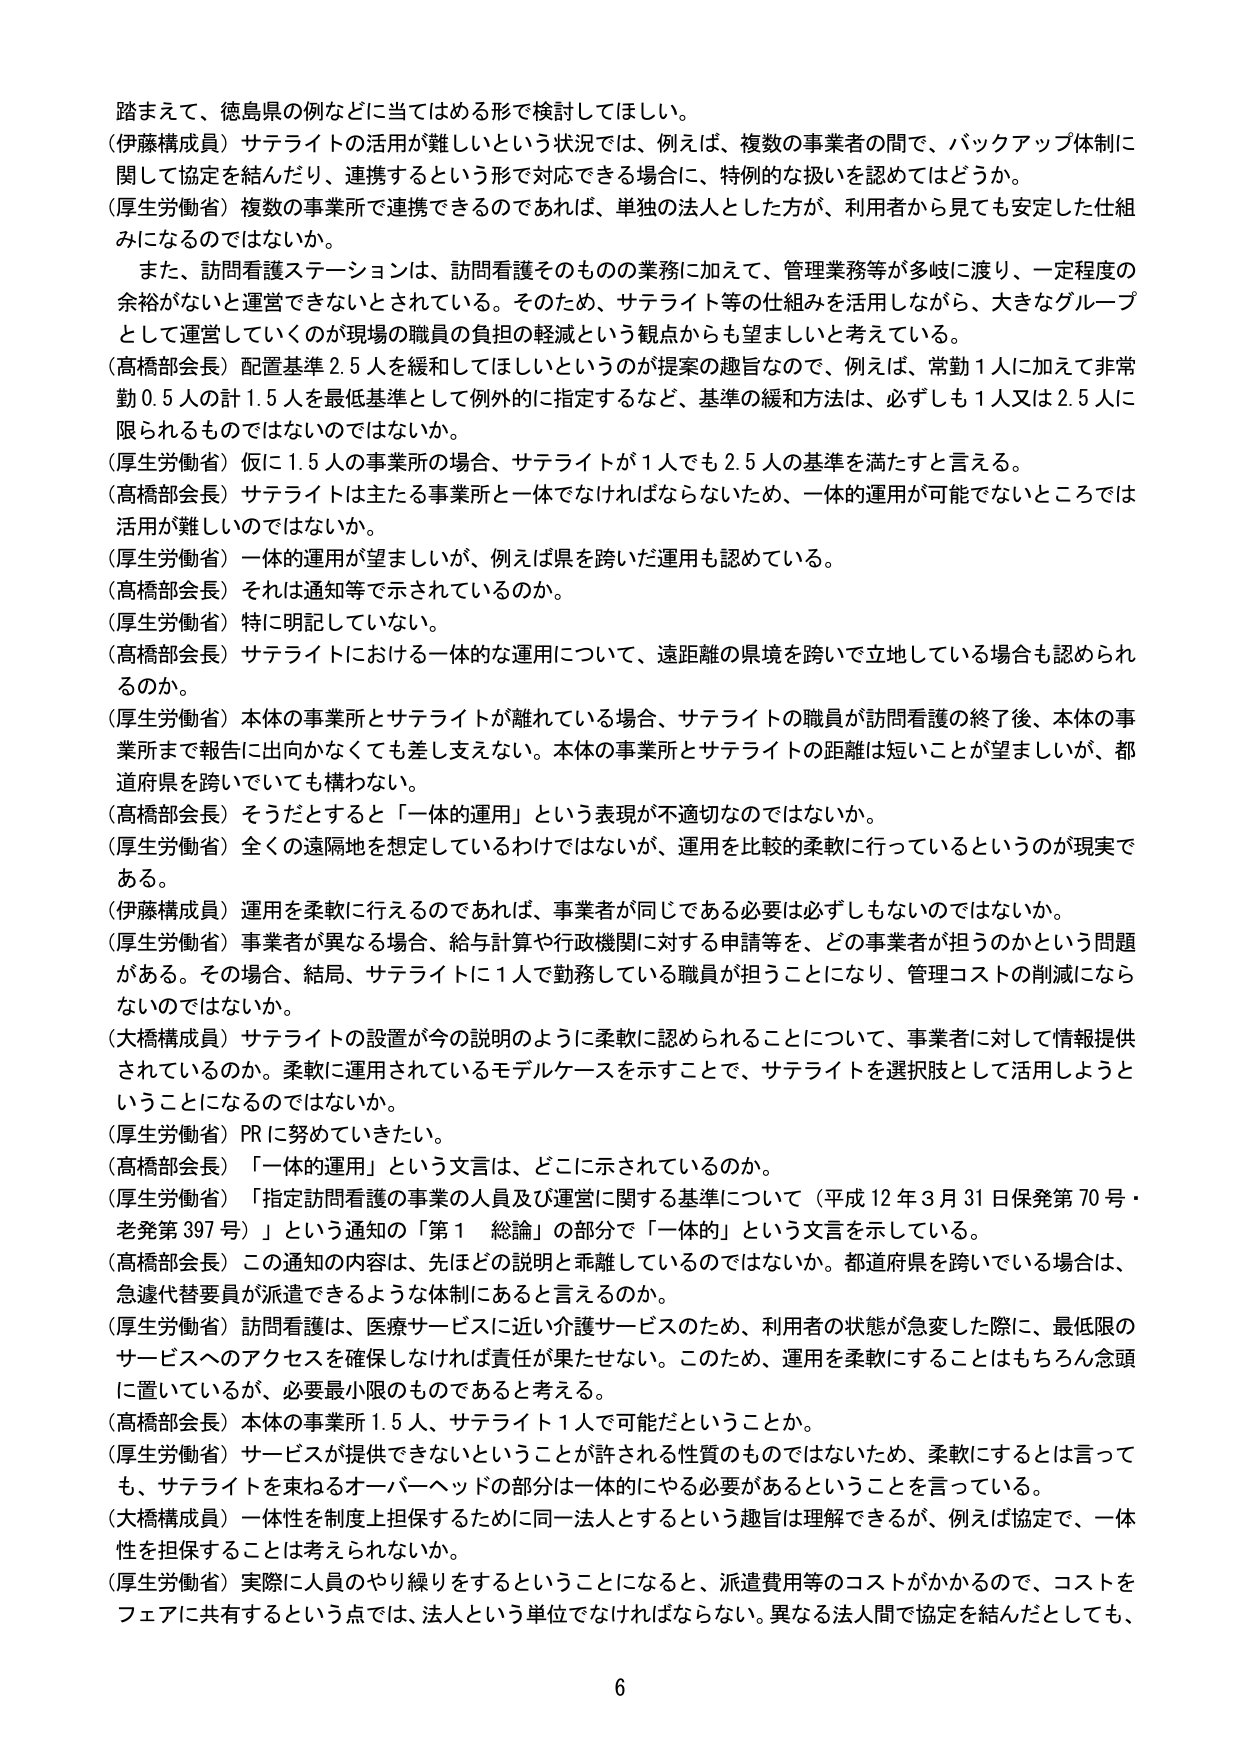
踏まえて、徳島県の例などに当てはめる形で検討してほしい。
（伊藤構成員）サテライトの活用が難しいという状況では、例えば、複数の事業者の間で、バックアップ体制に関して協定を結んだり、連携するという形で対応できる場合に、特例的な扱いを認めてはどうか。
（厚生労働省）複数の事業所で連携できるのであれば、単独の法人とした方が、利用者から見ても安定した仕組みになるのではないか。
　また、訪問看護ステーションは、訪問看護そのものの業務に加えて、管理業務等が多岐に渡り、一定程度の余裕がないと運営できないとされている。そのため、サテライト等の仕組みを活用しながら、大きなグループとして運営していくのが現場の職員の負担の軽減という観点からも望ましいと考えている。
（高橋部会長）配置基準2.5人を緩和してほしいというのが提案の趣旨なので、例えば、常勤1人に加えて非常勤0.5人の計1.5人を最低基準として例外的に指定するなど、基準の緩和方法は、必ずしも1人又は2.5人に限られるものではないのではないか。
（厚生労働省）仮に1.5人の事業所の場合、サテライトが1人でも2.5人の基準を満たすと言える。
（高橋部会長）サテライトは主たる事業所と一体でなければならないため、一体的運用が可能でないところでは活用が難しいのではないか。
（厚生労働省）一体的運用が望ましいが、例えば県を跨いだ運用も認めている。
（高橋部会長）それは通知等で示されているのか。
（厚生労働省）特に明記していない。
（高橋部会長）サテライトにおける一体的な運用について、遠距離の県境を跨いで立地している場合も認められるのか。
（厚生労働省）本体の事業所とサテライトが離れている場合、サテライトの職員が訪問看護の終了後、本体の事業所まで報告に出向かなくても差し支えない。本体の事業所とサテライトの距離は短いことが望ましいが、都道府県を跨いでいても構わない。
（高橋部会長）そうだとすると「一体的運用」という表現が不適切なのではないか。
（厚生労働省）全くの遠隔地を想定しているわけではないが、運用を比較的柔軟に行っているというのが現実である。
（伊藤構成員）運用を柔軟に行えるのであれば、事業者が同じである必要は必ずしもないのではないか。
（厚生労働省）事業者が異なる場合、給与計算や行政機関に対する申請等を、どの事業者が担うのかという問題がある。その場合、結局、サテライトに1人で勤務している職員が担うことになり、管理コストの削減にならないのではないか。
（大橋構成員）サテライトの設置が今の説明のように柔軟に認められることについて、事業者に対して情報提供されているのか。柔軟に運用されているモデルケースを示すことで、サテライトを選択肢として活用しようということになるのではないか。
（厚生労働省）PRに努めていきたい。
（高橋部会長）「一体的運用」という文言は、どこに示されているのか。
（厚生労働省）「指定訪問看護の事業の人員及び運営に関する基準について（平成12年3月31日保発第70号・老発第397号）」という通知の「第1 総論」の部分で「一体的」という文言を示している。
（高橋部会長）この通知の内容は、先ほどの説明と乖離しているのではないか。都道府県を跨いでいる場合は、急遽代替要員が派遣できるような体制にあると言えるのか。
（厚生労働省）訪問看護は、医療サービスに近い介護サービスのため、利用者の状態が急変した際に、最低限のサービスへのアクセスを確保しなければ責任が果たせない。このため、運用を柔軟にすることはもちろん念頭に置いているが、必要最小限のものであると考える。
（高橋部会長）本体の事業所1.5人、サテライト1人で可能だということか。
（厚生労働省）サービスが提供できないということが許される性質のものではないため、柔軟にするとは言っても、サテライトを束ねるオーバーヘッドの部分は一体的にやる必要があるということを言っている。
（大橋構成員）一体性を制度上担保するために同一法人とするという趣旨は理解できるが、例えば協定で、一体性を担保することは考えられないか。
（厚生労働省）実際に人員のやり繰りをするということになると、派遣費用等のコストがかかるので、コストをフェアに共有するという点では、法人という単位でなければならない。異なる法人間で協定を結んだとしても、
6